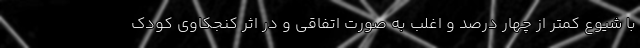
با شیوع کمتر از چهار درصد و اغلب به صورت اتفاقی و در اثر کنجکاوی کودک